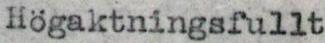
Högaktningsfullt